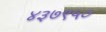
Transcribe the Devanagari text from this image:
४३७९५०